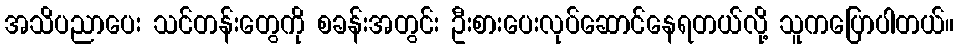
အသိပညာပေး သင်တန်းတွေကို စခန်းအတွင်း ဦးစားပေးလုပ်ဆောင်နေရတယ်လို့ သူကပြောပါတယ်။